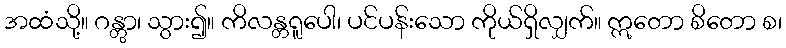
အထံသို့။ ဂန္တွာ၊ သွား၍။ ကိလန္တရူပေါ၊ ပင်ပန်းသော ကိုယ်ရှိလျှက်။ ဣတော စိတော စ၊